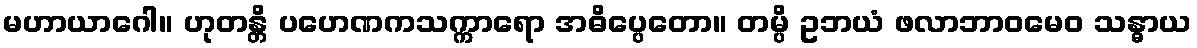
မဟာယာဂေါ။ ဟုတန္တိ ပဟေဏကသက္ကာရော အဓိပ္ပေတော။ တမ္ပိ ဥဘယံ ဖလာဘာဝမေဝ သန္ဓာယ